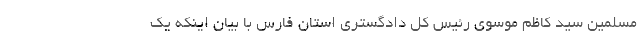
مسلمین سید کاظم موسوی رئیس کل دادگستری استان فارس با بیان اینکه یک